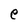
Character: e